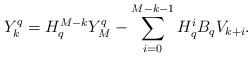
LaTeX: \begin{align*}Y^q_k=H^{M-k}_qY^q_M-\sum^{M-k-1}_{i=0}H^i_qB_qV_{k+i}.\end{align*}